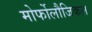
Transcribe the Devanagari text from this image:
मोर्फोलौजिकल